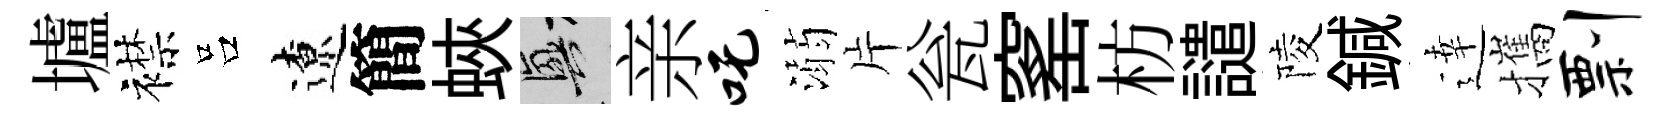
壚襟吕遼簡蛺興亲吒溺片瓮窰枋譴陵鍼逹攜剽